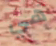
هي